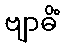
ဗျာဓိံ